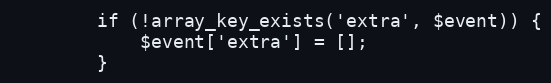
Language: PHP
        if (!array_key_exists('extra', $event)) {
            $event['extra'] = [];
        }